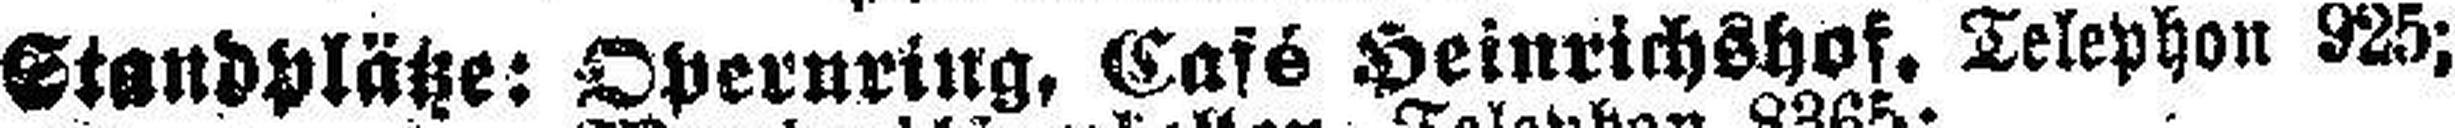
Standplätze: Opernring, Café Heinrichshof. Telephon 925;